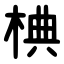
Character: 椣